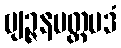
ဗျဉ္ဇနမတ္ထပဒံ